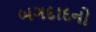
બગદાદનો